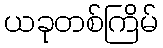
ယခုတစ်ကြိမ်